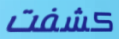
كشفت